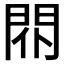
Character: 𨳢